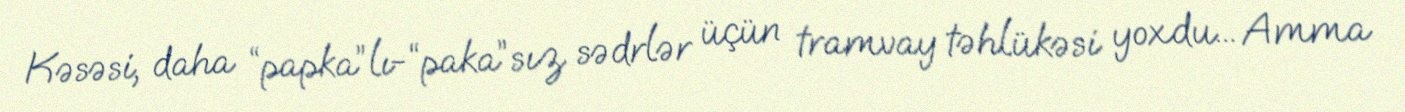
Kəsəsi, daha “papka”lı-“paka”sız sədrlər üçün tramvay təhlükəsi yoxdu... Amma